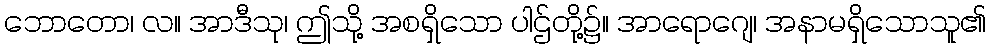
ဘောတော၊ လ။ အာဒီသု၊ ဤသို့ အစရှိသော ပါဌ်တို့၌။ အာရောဂျေ၊ အနာမရှိသောသူ၏